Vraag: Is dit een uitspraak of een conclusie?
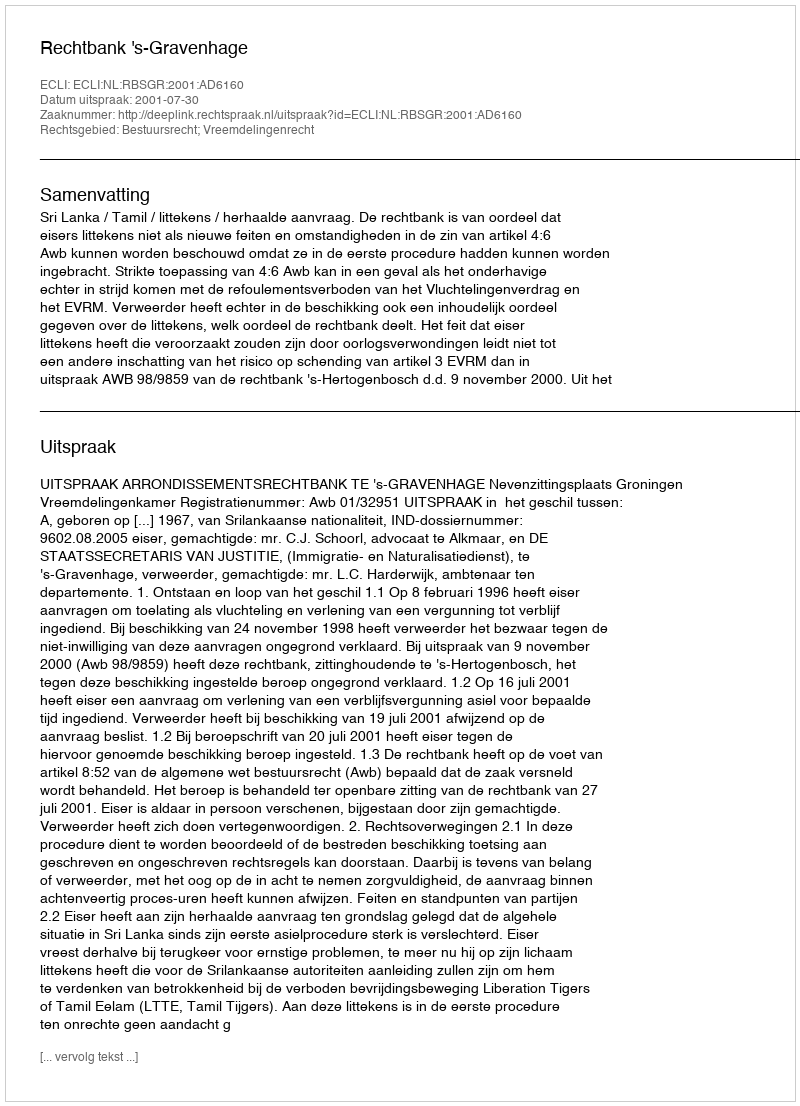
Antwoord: Uitspraak